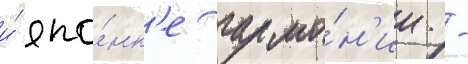
и́ япо́нк'е гармо́н'ии -